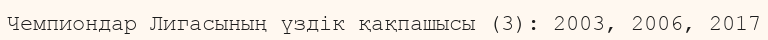
Чемпиондар Лигасының үздік қақпашысы (3): 2003, 2006, 2017